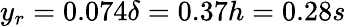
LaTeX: y_{r}=0.074\delta=0.37h=0.28s